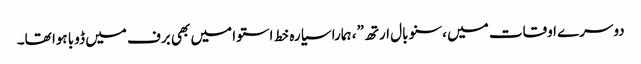
دوسرے اوقات میں ،سنو بال ارتھ”، ہمارا سیارہ خط استوا میں بھی برف میں ڈوبا ہوا تھا۔